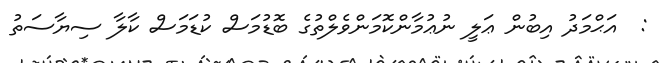
:  އަޙްމަދު އިބުން ޢަލީ ނުޢުމާންކޮމަންވެލްތުގެ ބޮޑުމަސް ކުޑަމަސް ކާލާ ސިޔާސަތު